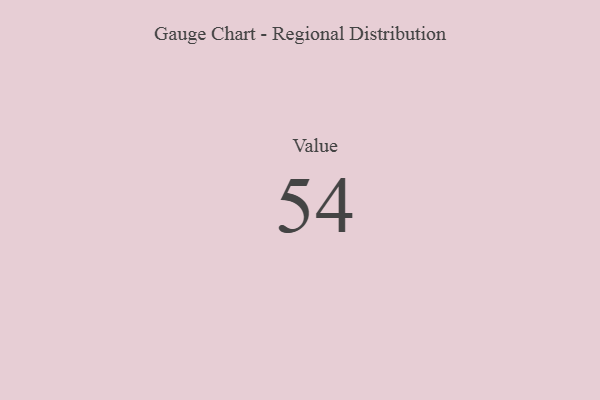
{"axis": {"x": "Metric", "y": "Value"}, "legend": [""], "data": [{"x": "Value", "y": 54, "type": ""}]}